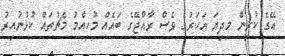
އޭގެ ކުރިން މިދިޔަ އަހަރުގެ ވެސް ރާއްޖޭގެ ބައެއް މުހިއްމު މެޗުތައް ކުޅުނުއިރު